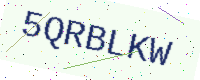
Text: 5QRBLKW